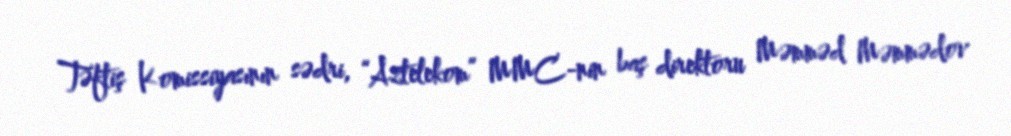
Təftiş Komissiyasının sədri, “Aztelekom” MMC-nin baş direktoru Məmməd Məmmədov